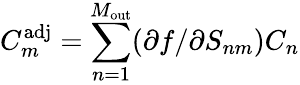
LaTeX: C_{m}^{\mathrm{adj}}=\sum_{n=1}^{M_{\mathrm{out}}}(\partial f/\partial S_{nm})C_{n}